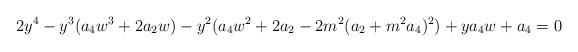
LaTeX: \begin{align*}2y^4 - y^3 (a_4 w^3 +2a_2 w) -y^2 (a_4 w^2 + 2a_2 -2m^2 (a_2 +m^2a_4 )^2 ) +y a_4 w +a_4 = 0 \end{align*}